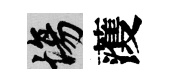
場𮑮